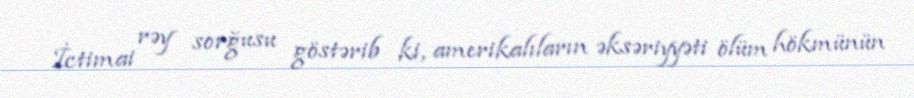
İctimai rəy sorğusu göstərib ki, amerikalıların əksəriyyəti ölüm hökmünün